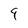
Character: 9